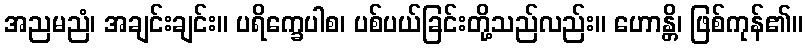
အညမညံ၊ အချင်းချင်း။ ပရိက္ခေပါစ၊ ပစ်ပယ်ခြင်းတို့သည်လည်း။ ဟောန္တိ၊ ဖြစ်ကုန်၏။